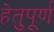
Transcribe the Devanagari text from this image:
हेतुपूर्ण